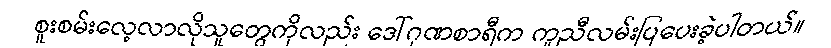
စူးစမ်းလေ့လာလိုသူတွေကိုလည်း ဒေါ်ဂုဏစာရီက ကူညီလမ်းပြပေးခဲ့ပါတယ်။